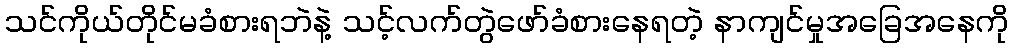
သင်ကိုယ်တိုင်မခံစားရဘဲနဲ့ သင့်လက်တွဲဖော်ခံစားနေရတဲ့ နာကျင်မှုအခြေအနေကို